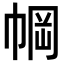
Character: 𫷆